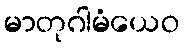
မာတုဂါမံယေဝ